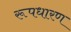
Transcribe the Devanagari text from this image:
रूपधारण